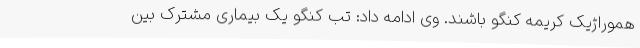
هموراژیک کریمه کنگو باشند. وی ادامه داد: تب کنگو یک بیماری مشترک بین